Lunatic asylums in Bengal annual reports 1899-1911 - 1899-1911
Year: 1899
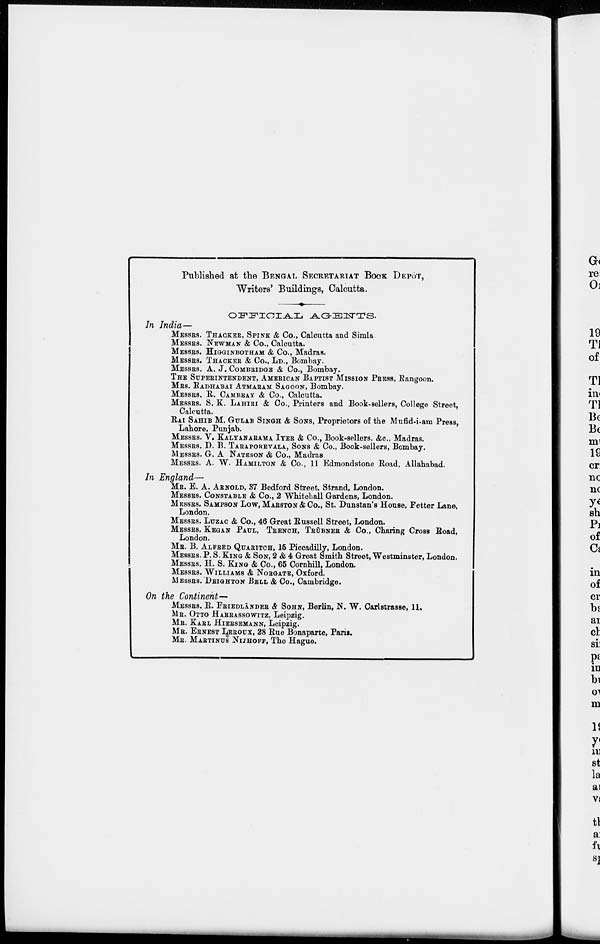
Published at the BENGAL SECRETARIAT BOOK DEPÔT,
Writers' Buildings, Calcutta.
OFFICIAL
AGENTS.
In India—
MESSRS. THACKER, SPINK & Co., Calcutta and Simla
MESSRS. NEWMAN & Co., Calcutta.
MESSRS. HIGGINBOTHAM & Co., Madras.
MESSRS. THACKER & Co., LD., Bombay.
MESSRS. A. J. COMBRIDGE & Co., Bombay.
THE SUPERINTENDENT, AMERICAN BAPTIST MISSION PRESS, Rangoon.
MRS. RADHABAI ATMARAM SAGOON, Bombay.
MESSRS. R. CAMBRAY & Co., Calcutta.
MESSRS. S. K. LAHIRI & Co., Printers and Book-sellers, College Street,
Calcutta.
RAI SAHIB M. GULAB SINGH & SONS, Proprietors of the Mufid-i-am Press,
Lahore, Punjab.
MESSRS. V. KALYANARAMA IYER & Co., Book-sellers, &c., Madras.
MESSRS. D. B. TARAPOREVALA, SONS & Co., Book-sellers, Bombay.
MESSRS. G. A NATESON & Co., Madras.
MESSRS. A. W. HAMILTON & Co., 11 Edmondstone Road, Allahabad.
In England—
MR. E. A. ARNOLD, 37 Bedford Street, Strand, London.
MESSRS. CONSTABLE & Co., 2 Whitehall Gardens, London.
MESSRS. SAMPSON LOW, MARSTON & Co., St. Dunstan's House, Fetter Lane,
London.
MESSRS. LUZAC & Co., 46 Great Russell Street, London.
MESSRS. KEGAN PAUL, TRENCH, TRÜBNER & Co., Charing Cross Road,
London.
MR. B. ALFRED QUARITCH, 16 Piccadilly, London.
MESSRS. P. S. KING & SON, 2 & 4 Great Smith Street, Westminster, London.
MESSRS. H. S. KING & Co., 65 Cornhill, London.
MESSRS. WILLIAMS & NORGATE, Oxford.
MESSRS. DEIGHTON BELL & Co., Cambridge.
On the Continent—
MESSRS. R. FRIEDLÄNDER & SOHN, Berlin, N. W. Carlstrasse, 11.
MR. OTTO HARRASSOWITZ, Leipzig.
MR. KARL HIERSEMANN, Leipzig.
MR. ERNEST LEROUX, 28 Rue Bonaparte, Paris.
MR. MARTINUS NIJHOFF, The Hague.